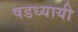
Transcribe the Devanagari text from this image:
षडध्यायी